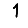
Digit: 1